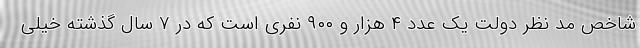
شاخص مد نظر دولت یک عدد ۴ هزار و ۹۰۰ نفری است که در ۷ سال گذشته خیلی